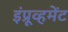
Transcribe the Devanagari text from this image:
इंप्रूव्हमेंट